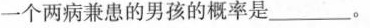
一个两病兼患的男孩的概率是___。